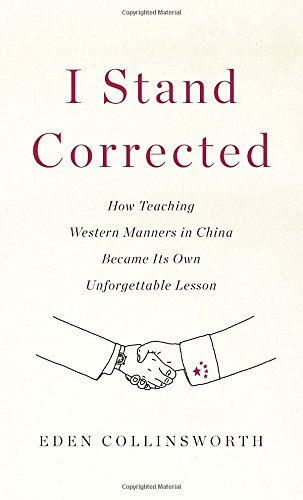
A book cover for I Stand Corrected: How Teaching Western Manners in China Became Its Own Unforgettable Lesson; Eden Collinsworth; Biographies & Memoirs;